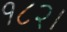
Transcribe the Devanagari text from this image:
१८२।